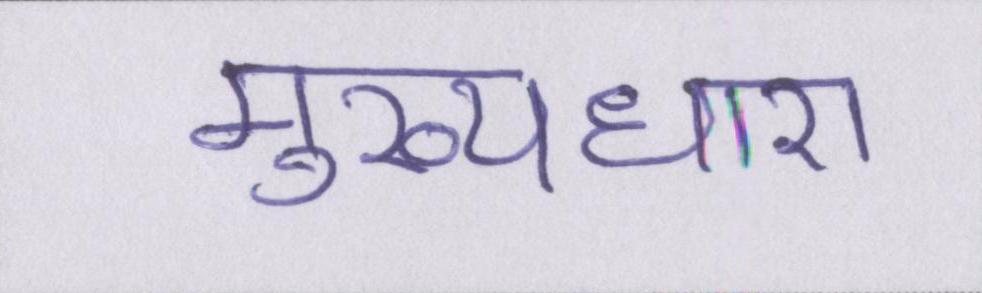
मुख्यधारा